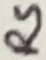
Text: RS